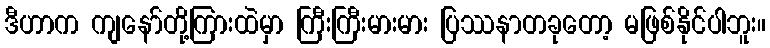
ဒီဟာက ကျနော်တို့ကြားထဲမှာ ကြီးကြီးမားမား ပြဿနာတခုတော့ မဖြစ်နိုင်ပါဘူး။